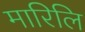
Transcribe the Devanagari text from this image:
मारिलि